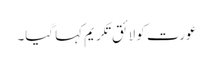
عورت کو لائق تکریم کہا گیا۔